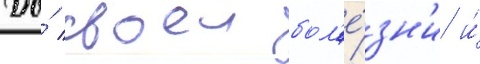
До́ своеи бол'е́зн'и и́